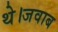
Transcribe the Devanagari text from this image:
थे।जवाब